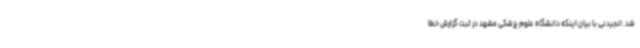
شد. انجیدنی با بیان اینکه دانشگاه علوم پزشکی مشهد در ثبت گزارش خطا